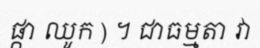
ផ្កា ឈូក ) ។ ជាធម្មតា វា